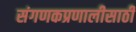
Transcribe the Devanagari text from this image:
संगणकप्रणालीसाठी